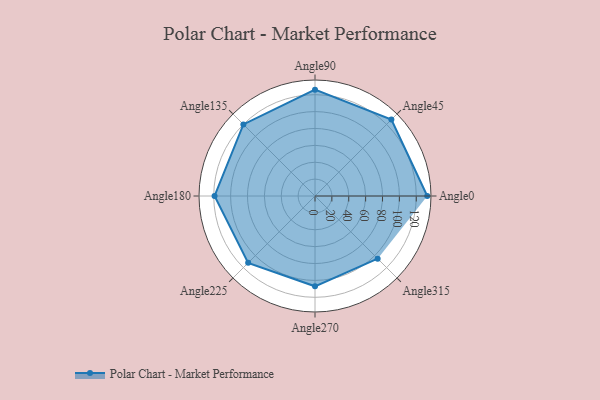
{"axis": {"x": "Angle", "y": "Radius"}, "legend": [""], "data": [{"x": "Angle0", "y": 133.0, "type": ""}, {"x": "Angle45", "y": 128.0, "type": ""}, {"x": "Angle90", "y": 126.0, "type": ""}, {"x": "Angle135", "y": 120.0, "type": ""}, {"x": "Angle180", "y": 119.0, "type": ""}, {"x": "Angle225", "y": 112.0, "type": ""}, {"x": "Angle270", "y": 107.0, "type": ""}, {"x": "Angle315", "y": 105.0, "type": ""}]}